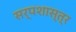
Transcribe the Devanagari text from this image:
सर्पशास्त्र